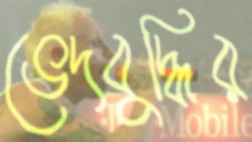
ভেদবুদ্ধির